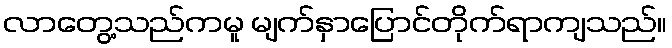
လာတွေ့သည်ကမူ မျက်နှာပြောင်တိုက်ရာကျသည်။